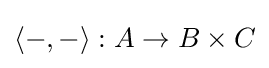
\langle -,-\rangle :A\rightarrow B\times C